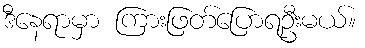
ဒီနေရာမှာ ကြားဖြတ်ပြောရဦးမယ်။